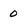
Character: 0